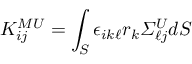
K _ { i j } ^ { M U } = \int _ { S } \epsilon _ { i k \ell } r _ { k } \itSigma _ { \ell j } ^ { U } d S